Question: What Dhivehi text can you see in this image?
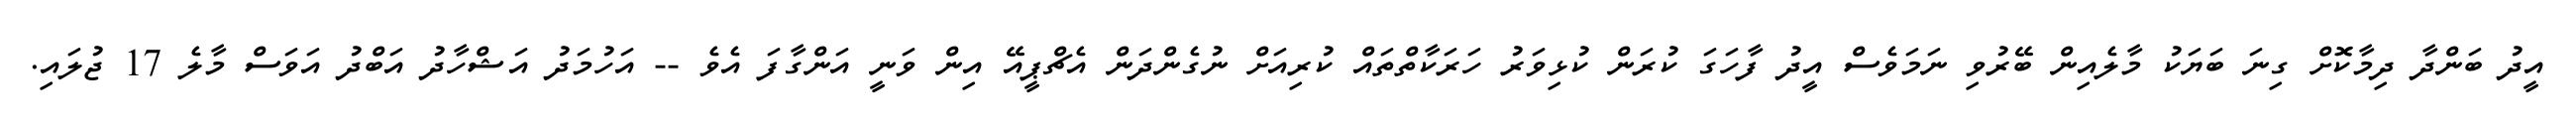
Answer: އީދު ބަންދާ ދިމާކޮށް ގިނަ ބަޔަކު މާލެއިން ބޭރުވި ނަމަވެސް އީދު ފާހަގަ ކުރަން ކުޅިވަރު ހަރަކާތްތައް ކުރިއަށް ނުގެންދަން އެޗްޕީއޭ އިން ވަނީ އަންގާފަ އެވެ -- އަހުމަދު އަޝްހާދު އަބްދު އަވަސް މާލެ 17 ޖުލައި.